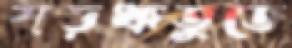
ষড়ঋতুতে